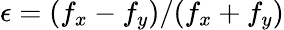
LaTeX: \epsilon=(f_{x}-f_{y})/(f_{x}+f_{y})